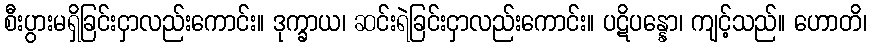
စီးပွားမရှိခြင်းငှာလည်းကောင်း။ ဒုက္ခာယ၊ ဆင်းရဲခြင်းငှာလည်းကောင်း။ ပဋိပန္နော၊ ကျင့်သည်။ ဟောတိ၊